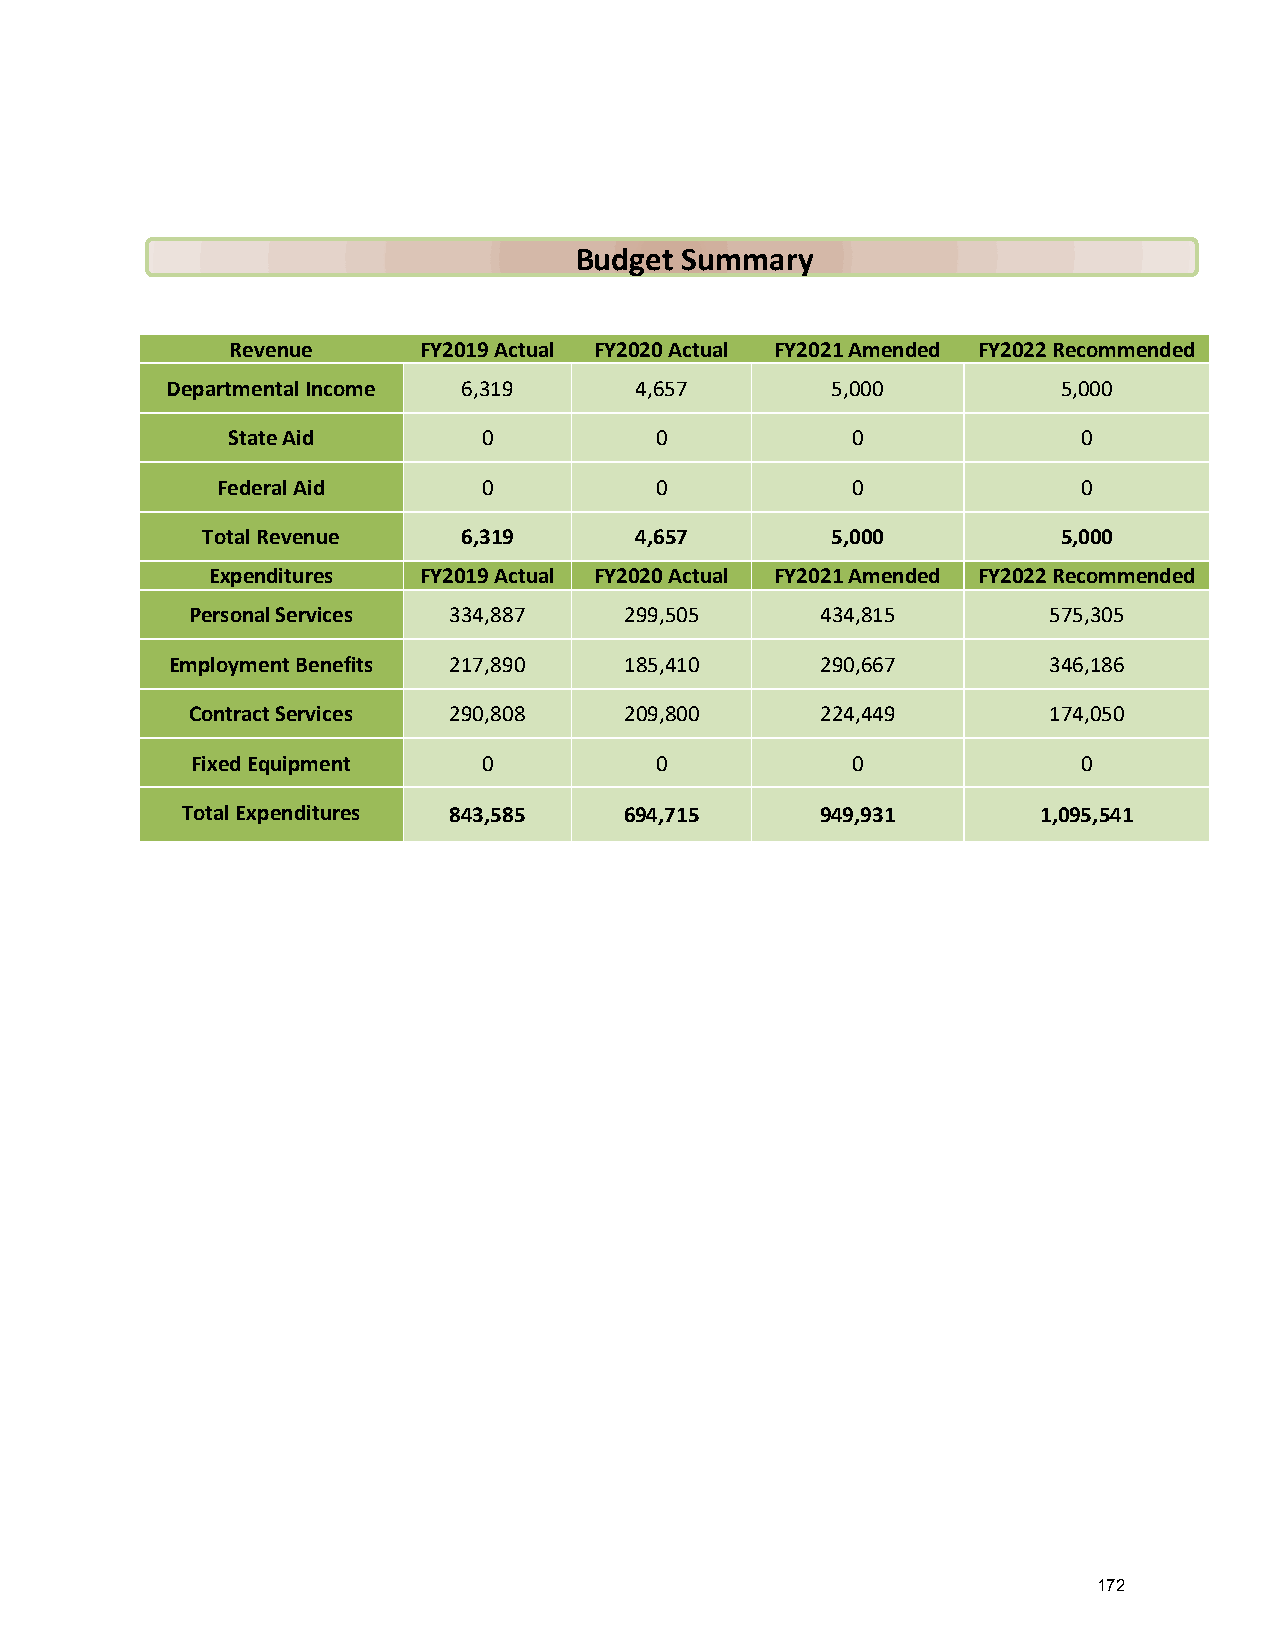
Budget Summary
 Revenue      FY2019 Actual FY2020 Actual FY2021 Amended FY2022 Recommended
 Departmental Income 6,319      4,657        5,000          5,000
 State Aid        0          0            0               0
 Federal Aid       0          0            0               0
 Total Revenue     6,319      4,657        5,000          5,000
 Expenditures  FY2019 Actual FY2020 Actual FY2021 Amended FY2022 Recommended
 Personal Services 334,887    299,505      434,815        575,305
 Employment Benefits 217,890   185,410      290,667        346,186
 Contract Services 290,808    209,800      224,449        174,050
 Fixed Equipment    0          0            0               0
 Total Expenditures 843,585   694,715      949,931        1,095,541
 172